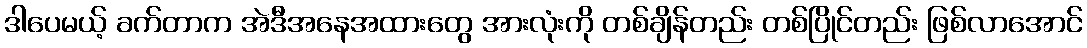
ဒါပေမယ့် ခက်တာက အဲဒီအနေအထားတွေ အားလုံးကို တစ်ချိန်တည်း တစ်ပြိုင်တည်း ဖြစ်လာအောင်